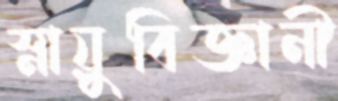
স্নায়ুবিজ্ঞানী